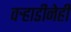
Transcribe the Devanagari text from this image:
वऱ्हाडीनेही